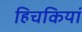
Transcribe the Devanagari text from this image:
हिचकियां